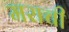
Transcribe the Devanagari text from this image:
मराची